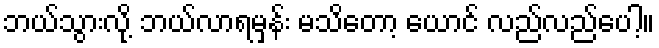
ဘယ်သွားလို့ ဘယ်လာရမှန်း မသိတော့ ယောင် လည်လည်ပေါ့။